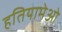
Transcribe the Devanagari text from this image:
हतियामेओ